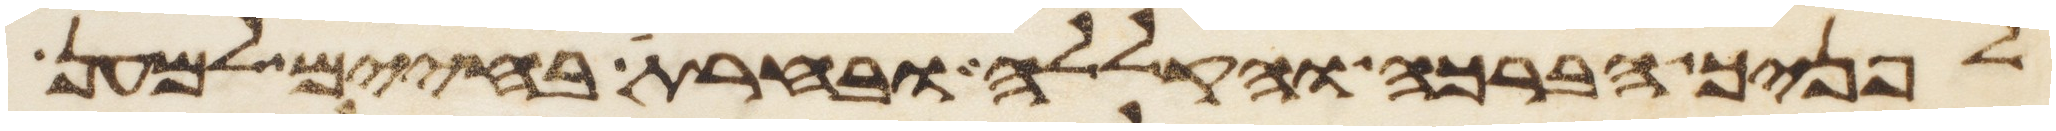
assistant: לפניך הברכה והקללה ובחרת בחיים למען